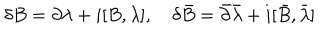
LaTeX: \delta B = \partial \lambda + i [ B , \lambda ] , \delta \bar { B } = \bar { \partial } \bar { \lambda } + i [ \bar { B } , \bar { \lambda } ]